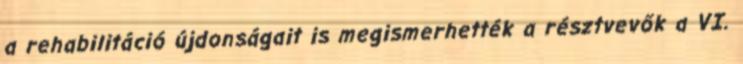
a rehabilitáció újdonságait is megismerhették a résztvevők a VI.